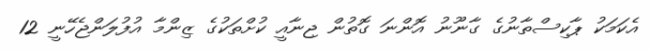
އެކަަމަކު ޕާކިސްތާނުގެ ގާނޫނު އޮންނަ ގޮތުން ޖިނާއީ ކުށްތަކުގެ ޒިންމާ އުފުލަންޖެހޭނީ 12